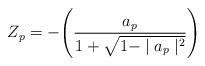
LaTeX: \begin{align*}Z_p = - \Biggl(\frac{a_p}{1 +\sqrt{1-\mid a_p\mid^2}}\Biggr)\end{align*}